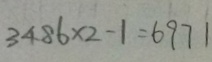
3 4 8 6 \times 2 - 1 = 6 9 7 1